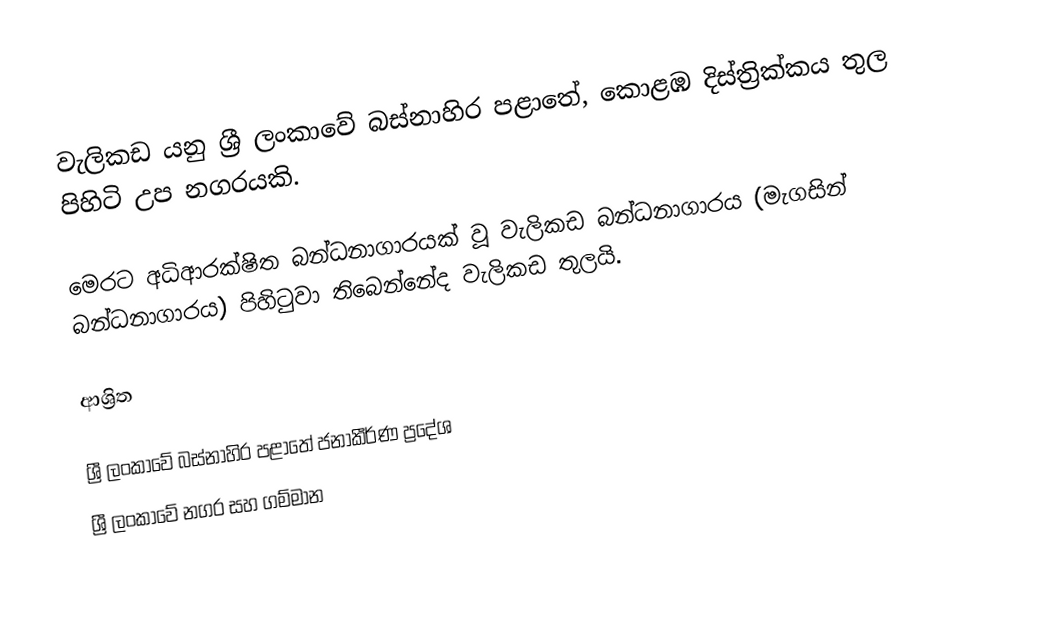
වැලිකඩ යනු ශ්‍රී ලංකාවේ බස්නාහිර පළාතේ, කොළඹ දිස්ත්‍රික්කය තුල පිහිටි උප නගරයකි.

මෙරට අධිආරක්ෂිත බන්ධනාගාරයක් වූ වැලිකඩ බන්ධනාගාරය (මැගසින් බන්ධනාගාරය) පිහිටුවා තිබෙන්නේද වැලිකඩ තුලයි.

ආශ්‍රිත

ශ්‍රී ලංකාවේ බස්නාහිර පළාතේ ජනාකීර්ණ ප්‍රදේශ
ශ්‍රී ලංකාවේ නගර සහ ගම්මාන